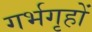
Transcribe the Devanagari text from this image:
गर्भगृहों